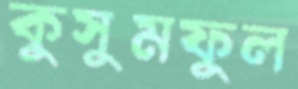
কুসুমফুল